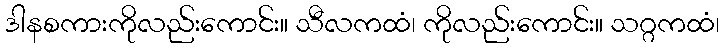
ဒါနစကားကိုလည်းကောင်း။ သီလကထံ၊ ကိုလည်းကောင်း။ သဂ္ဂကထံ၊